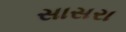
સાસરા